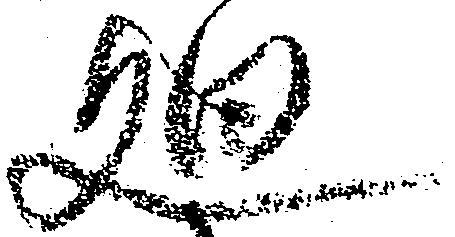
廻